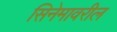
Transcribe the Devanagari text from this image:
सिनेमावरील